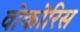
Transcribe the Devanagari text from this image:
वोकोरिस